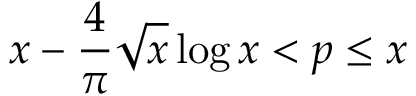
x - { \frac { 4 } { \pi } } { \sqrt { x } } \log x < p \leq x